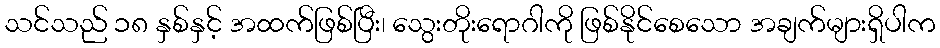
သင်သည် ၁၈ နှစ်နှင့် အထက်ဖြစ်ပြီး၊ သွေးတိုးရောဂါကို ဖြစ်နိုင်စေသော အချက်များရှိပါက